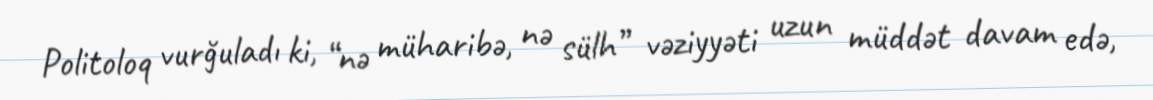
Politoloq vurğuladı ki, “nə müharibə, nə sülh” vəziyyəti uzun müddət davam edə,